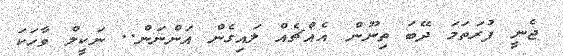
ޖެނީ ފުރަތަމަ ދޭބަ ތިނޫން އެއްޗެއް ލައިގެން އަންނަން.. ނަކީލް ވާހަކަ